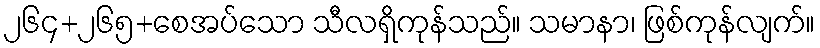
၂၆၄+၂၆၅+စေအပ်သော သီလရှိကုန်သည်။ သမာနာ၊ ဖြစ်ကုန်လျက်။